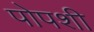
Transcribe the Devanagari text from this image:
पोपशी